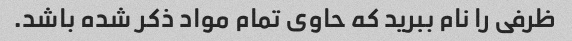
ظرفی را نام ببرید که حاوی تمام مواد ذکر شده باشد.